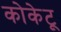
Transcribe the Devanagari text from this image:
कोकेटू